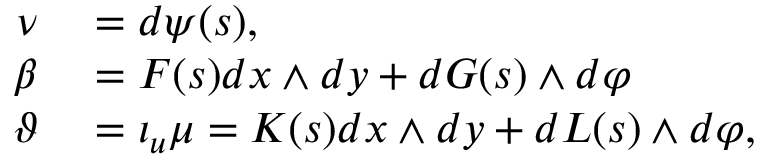
\begin{array} { r l } { \nu } & { { } = d \psi ( s ) , } \\ { \beta } & { { } = F ( s ) d x \wedge d y + d G ( s ) \wedge d \varphi } \\ { \vartheta } & { { } = \iota _ { u } \mu = K ( s ) d x \wedge d y + d L ( s ) \wedge d \varphi , } \end{array}